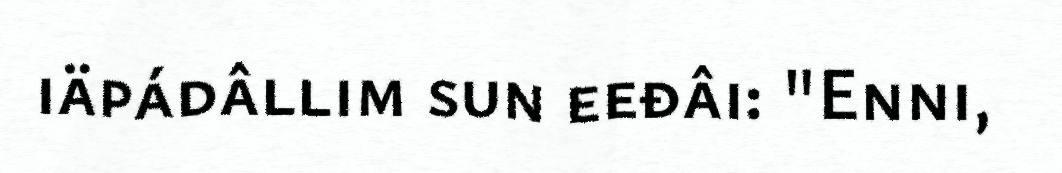
iäpádâllim sun eeđâi: "Enni,